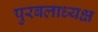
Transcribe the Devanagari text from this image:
पुरबलाध्यक्ष